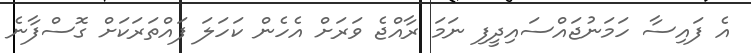
އެ ފައިސާ ހަމަނުޖައްސައިދީފި ނަމަ ރާއްޖެ ވަރަށް އެހެން ކަހަލަ ފައްތަރަކަށް ގޮސްފާނެ